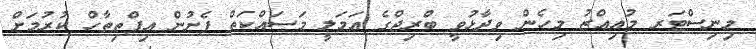
މިނިސްޓަރ މުއިއްޒު މިހެން ވިދާޅުވީ ބްރިޖްގެ އަމަލީ މަސައްކަތް ފެށުން އިފްތިތާހް ކުރުމަށް